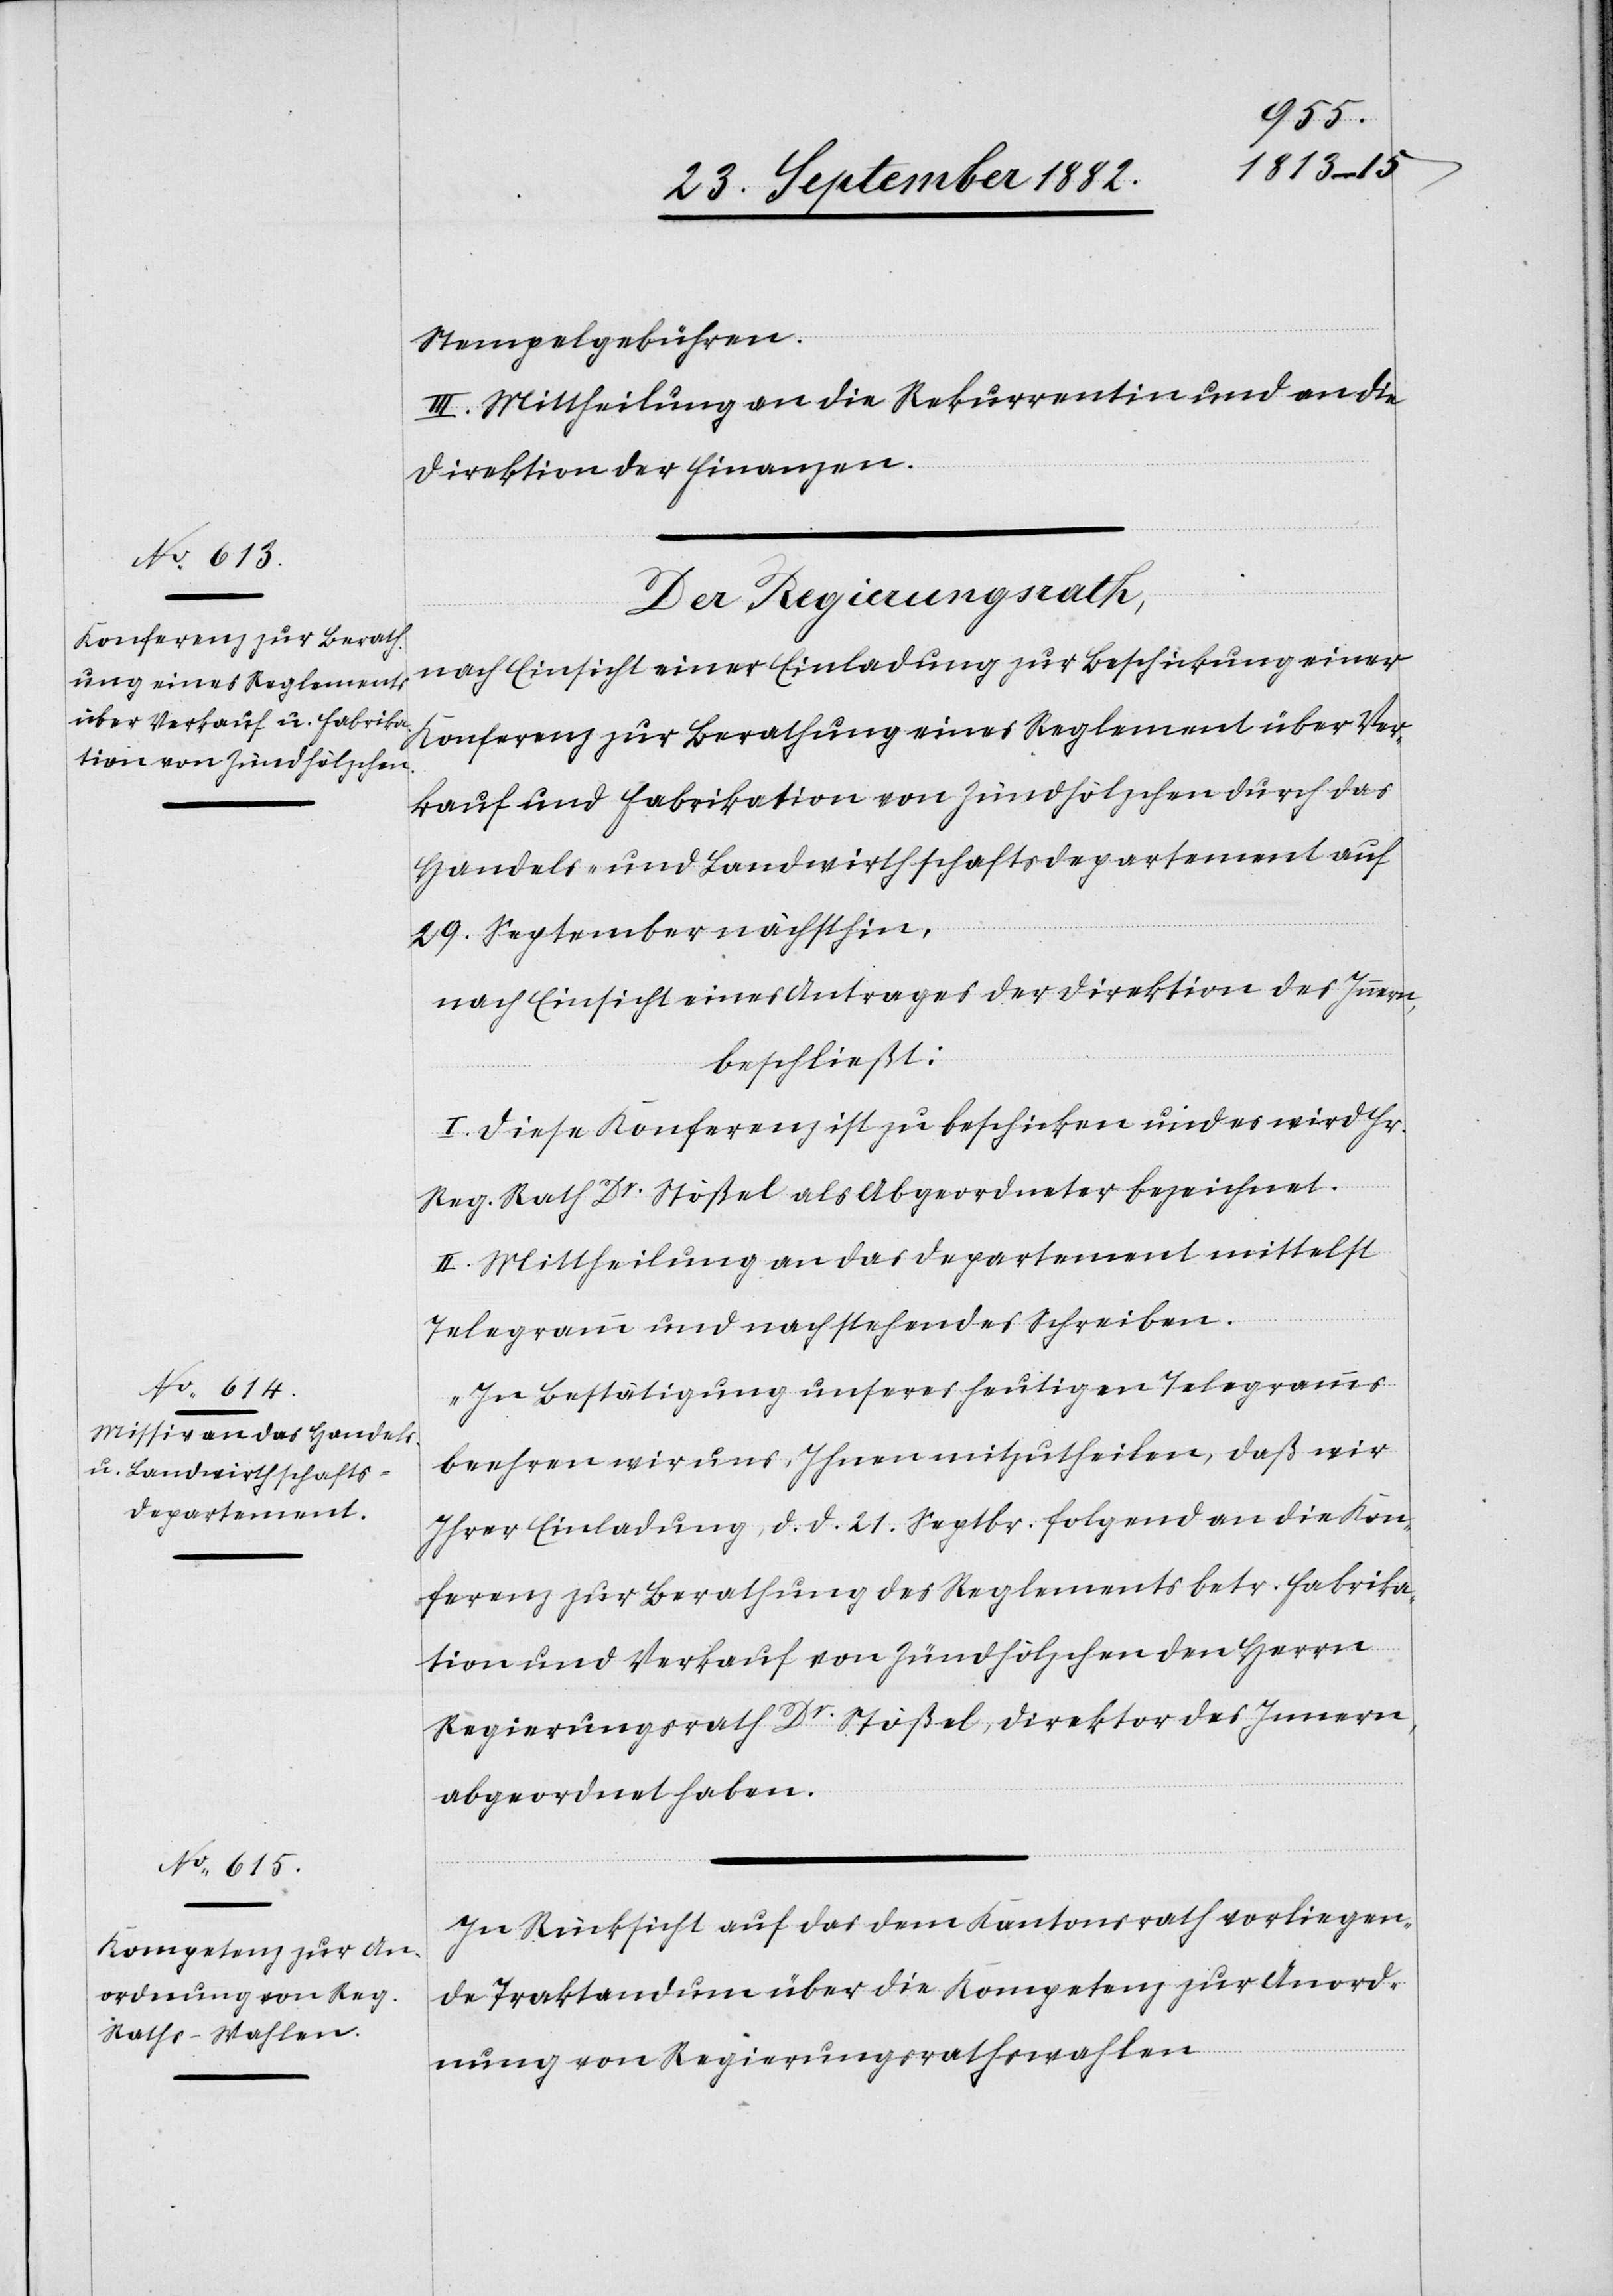
Stempelgebühren.
III. Mittheilung an die Rekurrentin und an die
Direktion der Finanzen.
Der Regierungsrath,
nach Einsicht einer Einladung zur Beschickung einer
Konferenz zur Berathung eines Reglement über Ver¬
kauf und Fabrikation von Zündhölzchen durch das
Handels- und Landwirthschaftsdepartement auf
29. September nächsthin,
nach Einsicht eines Antrages der Direktion des Innern,
beschließt:
I. Diese Konferenz ist zu beschicken und es wird Hr.
Reg. Rath Dr Stößel als Abgeordneter bezeichnet.
II. Mittheilung an das Departement mittelst
Telegramm und nachstehendes Schreiben.
„In Bestätigung unseres heutigen Telegramms
beehren wir uns, Ihnen mitzutheilen, daß wir
Ihrer Einladung, d. d. 21. Septbr. folgend an die Kon¬
ferenz zur Berathung des Reglements betr. Fabrika¬
tion und Verkauf von Zündhölzchen den Herrn
Regierungsrath Dr. Stößel, Direktor des Innern,
abgeordnet haben.“
In Rücksicht auf das dem Kantonsrath vorliegen¬
de Traktandum über die Kompetenz zur Anord¬
nung von Regierungsrathswahlen